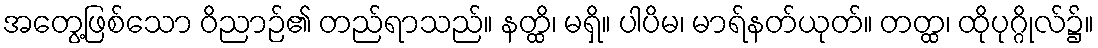
အတွေ့ဖြစ်သော ဝိညာဉ်၏ တည်ရာသည်။ နတ္ထိ၊ မရှိ။ ပါပိမ၊ မာရ်နတ်ယုတ်။ တတ္ထ၊ ထိုပုဂ္ဂိုလ်၌။